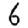
Digit: 6